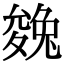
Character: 㕙